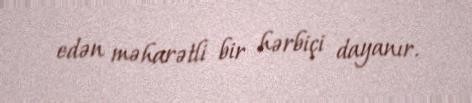
edən məharətli bir hərbiçi dayanır.